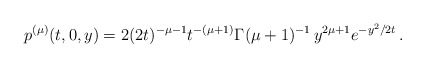
\begin{align*}p^{(\mu)}(t,0,y) = 2 (2t)^{-\mu-1}t^{-(\mu+1)}\Gamma(\mu+1)^{-1}\,y^{2\mu+1} e^{-y^2/2t} \,.\end{align*}